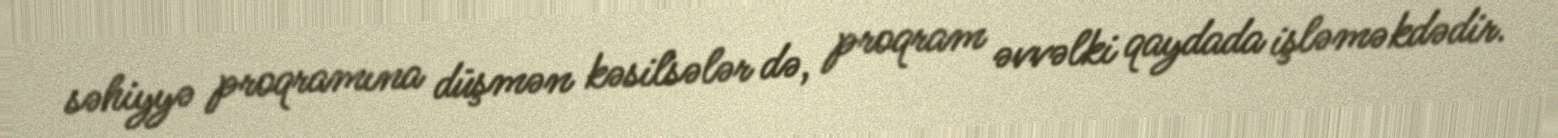
səhiyyə proqramına düşmən kəsilsələr də, proqram əvvəlki qaydada işləməkdədir.